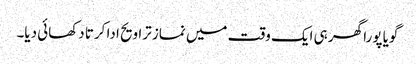
گویا پورا گھر ہی ایک وقت میں نماز تراویح ادا کرتا دکھائی دیا۔